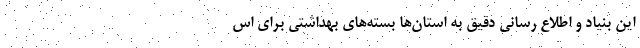
این بنیاد و اطلاع رسانی دقیق به استان‌ها بسته‌های بهداشتی برای اس